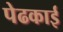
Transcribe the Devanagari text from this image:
पेढकाई